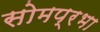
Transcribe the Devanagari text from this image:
सोमप्रभा